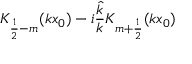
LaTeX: K _ { \frac 1 2 - m } ( k x _ { 0 } ) - i \frac { \hat { k } } { k } K _ { m + \frac 1 2 } ( k x _ { 0 } )